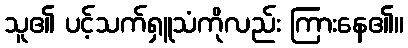
သူ၏ ပင့်သက်ရှူသံကိုလည်း ကြားနေ၏။